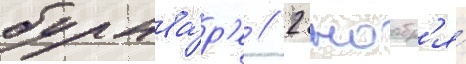
бульва́р'е // 2 ноабр'я́